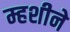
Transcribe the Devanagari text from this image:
म्हशीने